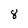
Character: 8